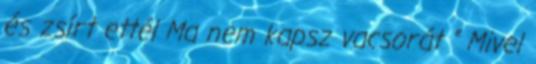
és zsírt ettél Ma nem kapsz vacsorát ” Mivel